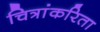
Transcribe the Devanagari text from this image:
चित्रांकरिता